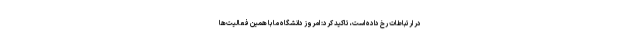
در ارتباطات رخ داده است، تاکید کرد: امروز دانشگاه ما با همین فعالیت‌ها